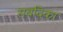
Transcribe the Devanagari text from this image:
सबदिका